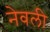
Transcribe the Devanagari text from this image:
नेवली